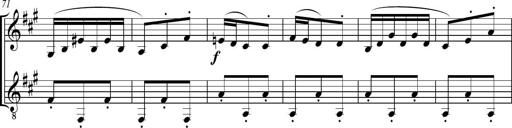
Title: Sonatine bureaucratique
Composer: Erik Satie